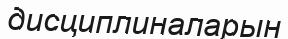
дисциплиналарын